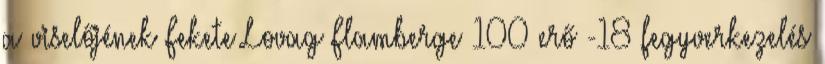
a viselőjének Fekete Lovag Flamberge 100 erő -18 fegyverkezelés